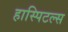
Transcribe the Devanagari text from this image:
हास्पिटल्स